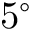
5 ^ { \circ }